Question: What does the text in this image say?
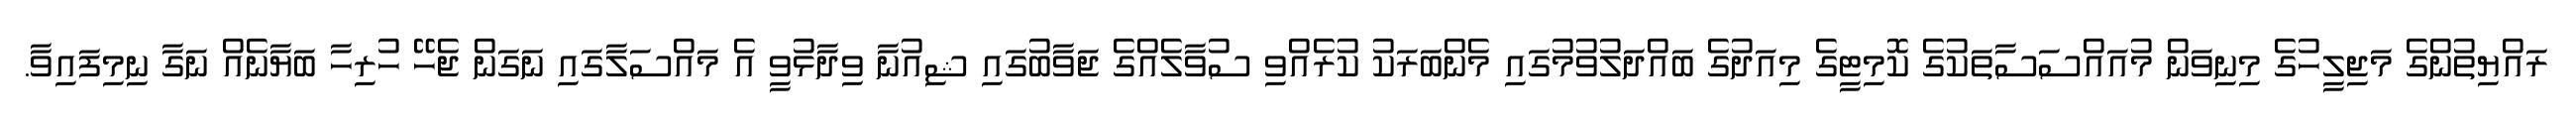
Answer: ރައްޔިތުންގެ މަޖިލީހުގެ މިނިވަން މުއައްސަސާތަކުގެ ކޮމިޓީގެ މިއަދުގެ ބައްދަލުވުމުގައި މެންބަރަކު ކުރެއްވި ސުވާލެއްގެ ޖަވާބުގައި ޝިއުނާ ވިދާޅުވީ އެ މައްސަލާގައި ނަގަން ޖެހޭ ހުރިހާ ބަޔާނެއް ނަގާ ނިމިފައިވާ.